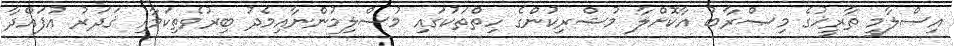
އިސްލާމީ ތާރީޚުގެ މިޞްރާބު އާކޮށްލާ މުޝްރިކުންގެ ހިތްތަކުގައި މުސްލިމުންނާއިމެދު ބިރުވެތިކަމާއި ޤަދަރު އުފައްދާ